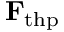
\mathbf { F } _ { \mathrm { t h p } }